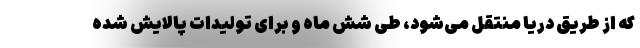
که از طریق دریا منتقل می‌شود، طی شش ماه و برای تولیدات پالایش شده